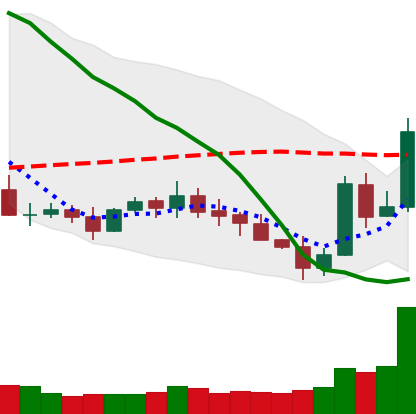
Ticker: XLM-USD
Chart end date: 2019-05-14
Forward return: 25.215%
Label: up_7plus